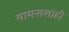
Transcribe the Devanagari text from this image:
सामन्तशाही